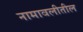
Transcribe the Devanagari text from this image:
नामावलीतील